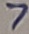
Text: 7